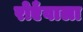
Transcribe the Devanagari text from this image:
रोएँवाला